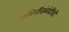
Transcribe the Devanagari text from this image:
जमिनीसंबंधीची